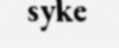
syke